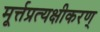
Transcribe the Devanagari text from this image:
मूर्त्तप्रत्यक्षीकरण्